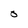
Character: O